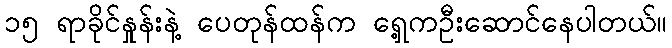
၁၅ ရာခိုင်နှုန်းနဲ့ ပေတုန်ထန်က ရှေ့ကဦးဆောင်နေပါတယ်။